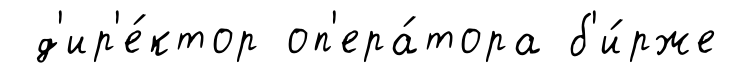
д'ир'е́ктор оп'ера́тора б'и́рже